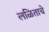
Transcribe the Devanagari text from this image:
लळिताचे